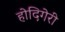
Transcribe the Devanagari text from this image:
होदिगेरी